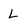
Character: L